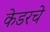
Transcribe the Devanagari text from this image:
केडरचे